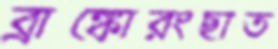
ব্রাঙ্কোরংছাত